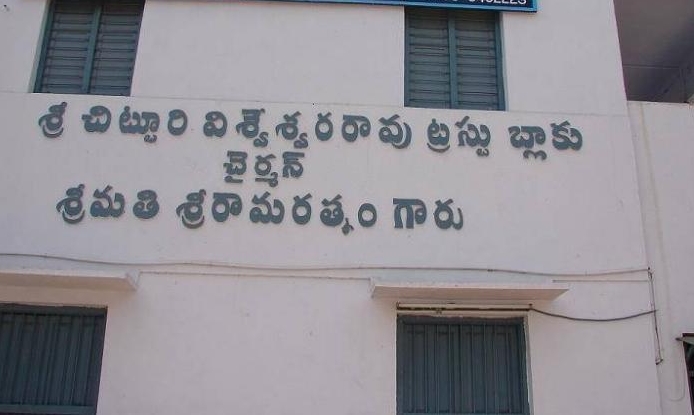
Language: telugu
Transcription: శ్రీ చిట్టూరి విశ్వేశ్వరరావు ట్రస్టు బ్లాకు శ్రీ రామరత్నం గారు శ్రీమతి చైర్మన్